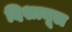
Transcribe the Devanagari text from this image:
दिशामूल